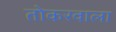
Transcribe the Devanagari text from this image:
तोकरवाला